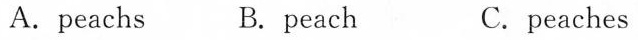
A.peachs B. peach C.peaches